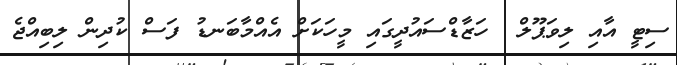
ސިޓީ އާއި ލިވަޕޫލް  ހަޒާޑްސައުދީގައި މީހަކަށް އެއްމާބަނޑު ފަސް ކުދިން ލިބިއްޖެ